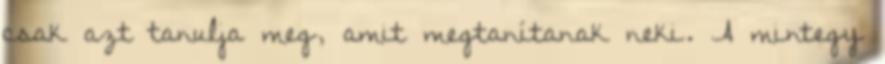
csak azt tanulja meg, amit megtanítanak neki. A mintegy